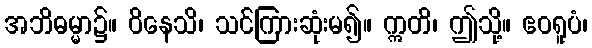
အဘိဓမ္မာ၌။ ဝိနေသိ၊ သင်ကြားဆုံးမ၍။ ဣတိ၊ ဤသို့။ ဧဝရူပံ၊